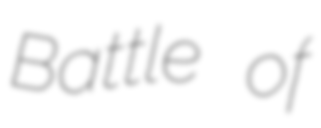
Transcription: Battle of